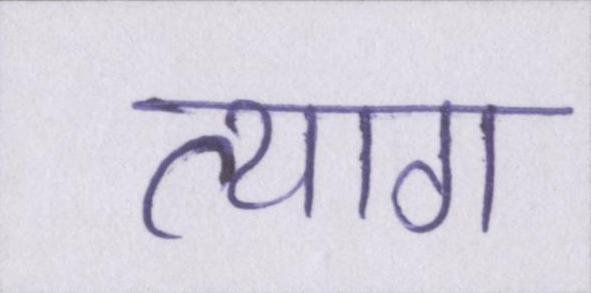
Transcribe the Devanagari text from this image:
त्याग